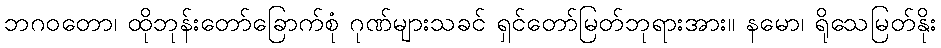
ဘဂဝတော၊ ထိုဘုန်းတော်ခြောက်စုံ ဂုဏ်များသခင် ရှင်တော်မြတ်ဘုရားအား။ နမော၊ ရိုသေမြတ်နိုး